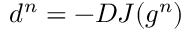
d ^ { n } = - D J ( g ^ { n } )